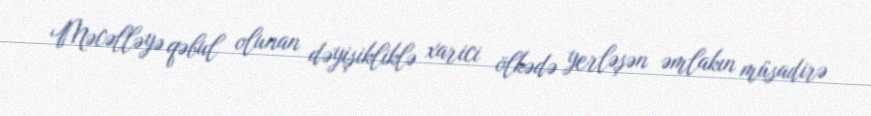
Məcəlləyə qəbul olunan dəyişikliklə xarici ölkədə yerləşən əmlakın müsadirə